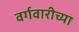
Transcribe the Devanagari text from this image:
वर्गवारीच्या